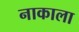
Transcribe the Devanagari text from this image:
नाकाला